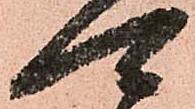
可